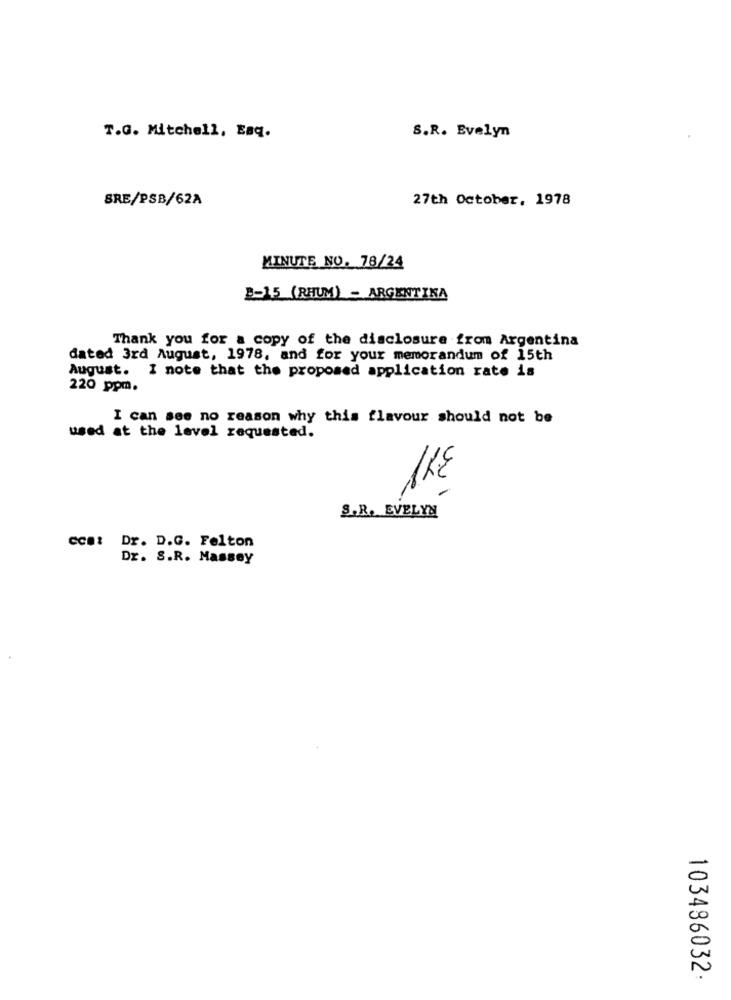
T.G. Mitchell, Esq.
S.R. Evelyn
SRE/PSB/62A
27th October, 1978
MINUTE NO. 78/24
8-15 (RHUM) - ARGENTINA
Thank you for a copy of the disclosure from Argentina
dated 3rd August, 1978, and for your memorandum of 15th
August. I note that the proposed application rate is
220 ppm.
I can see no reason why this flavour should not be
used at the level requested.
1KE
S.R. EVELYN
cca: Dr. D.G. Felton
Dr. S.R. Massey
103486032: